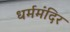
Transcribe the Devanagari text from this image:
धर्ममंदिर